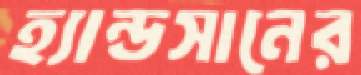
হ্যান্ডসানের